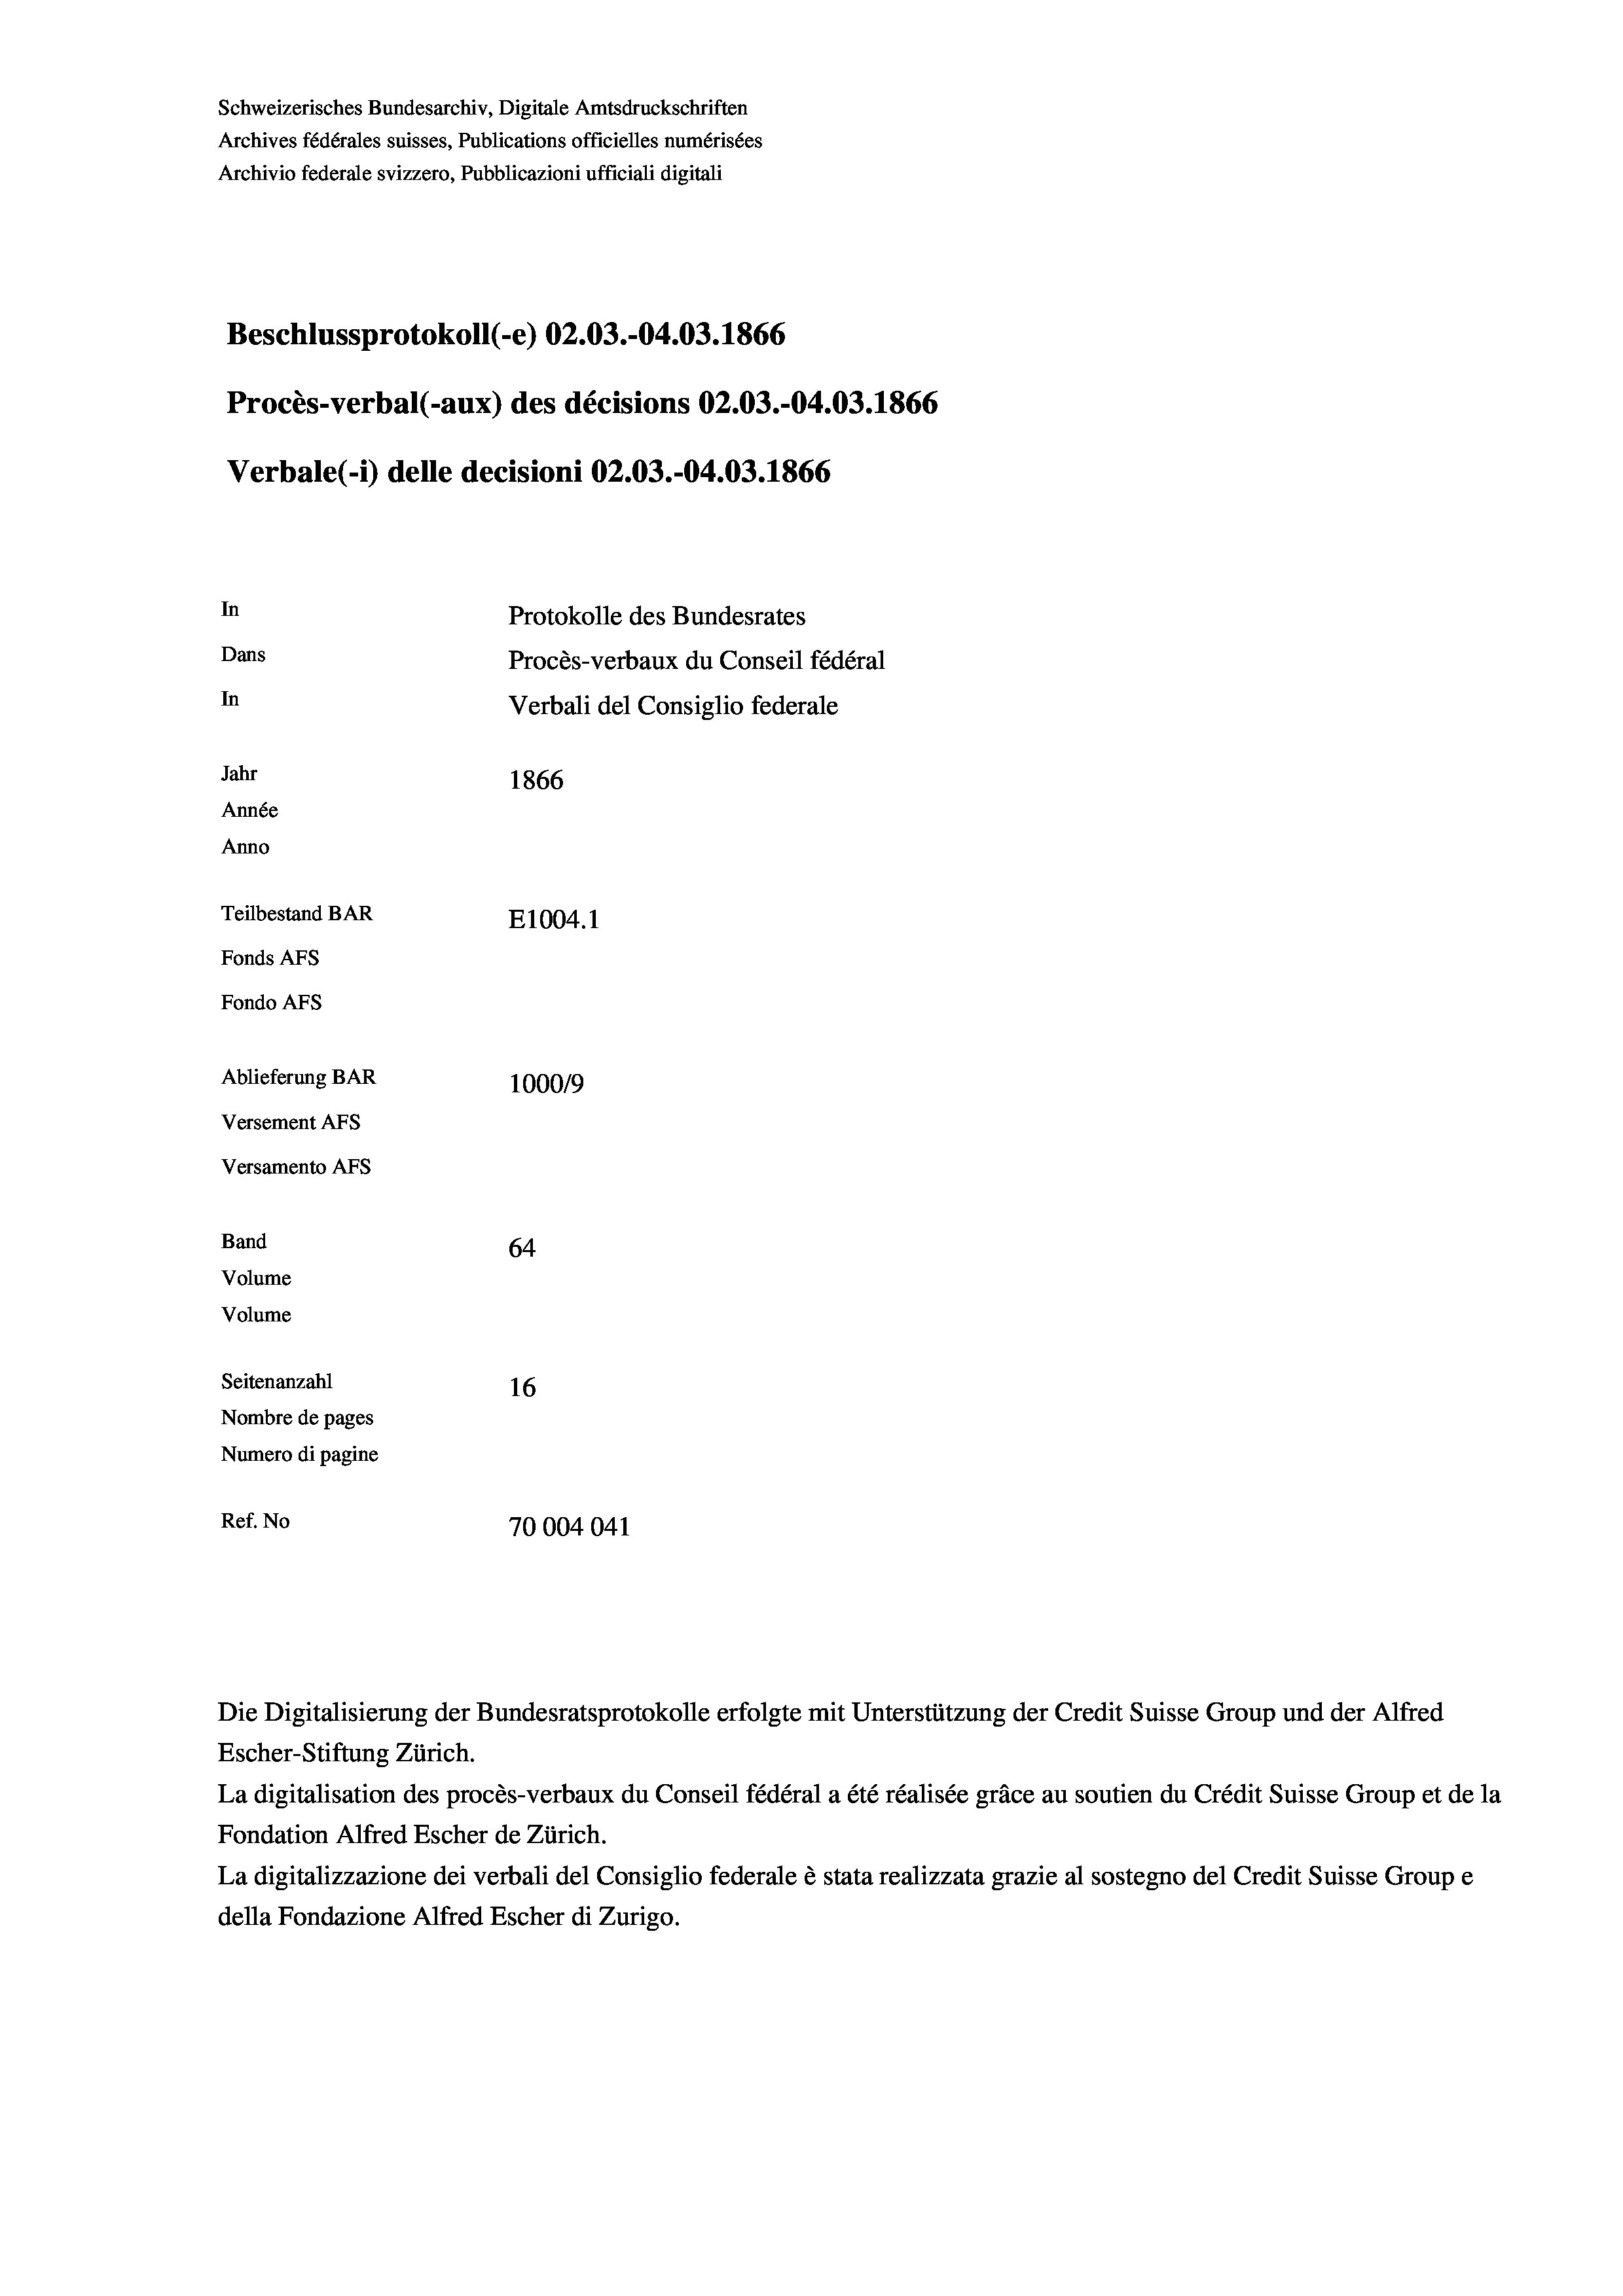
Schweizerisches Bundesarchiv, Digitale Amtsdruckschriften
Archives fédérales suisses, Publications officielles numérisées
Archivio federale svizzero, Pubblicazioni ufficiali digitali
Beschlussprotokoll (-e) 02.03.-04.03. 1866
Procès-verbal (-aux) des décisions 02.03.-04.03. 1866
Verbale(-*) delle decisioni 02.03.-04.03. 1866
In
Protokolle des Bundesrates
Dans
Procès-verbaux du Conseil fédéral
In
Verbali del Consiglio federale
Jahr
1866
Année
Anno
Teilbestand BAR
E1004. 1
Fonds AFs
Fondo AFs
Ablieferung BAR
100019
Versement AFs
Versamento Afs
Band
64
Volume
Volume

Seitenanzahl
16
Nombre de pages
Numero di pagine
Ref. No
70004041

Escher-Stiftung Zürich.
La digitalisation des procès-verbaux du Conseil fédéral a été réalisée gräce au soutien du Crédit Suisse Group et de la
Fondation Alfred Escher de Zürich.
La digitalizzazione dei verbali del Consiglio federale è stata realizzata grazie al sostegno del Credit Suisse Groupe
della Fondazione Alfred Escher di Zurigo.

Die Digitalisierung der Bundesratsprotokolle erfolgte mit Unterstützung der Credit Suisse Group und der Alfred